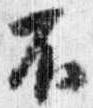
不